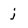
Character: j